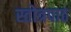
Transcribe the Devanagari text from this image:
स्तोत्रपाठ